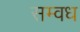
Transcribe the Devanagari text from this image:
सम्वध